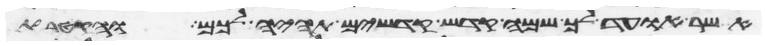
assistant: אשר אועד לך שמה קדש קדשים תהיה לכם והקטרת